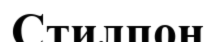
Стилпон